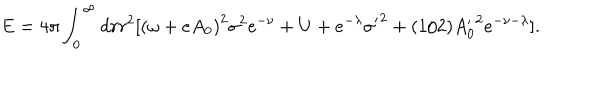
\textrm { E } = 4 \pi \int _ { 0 } ^ { \infty } d r r ^ { 2 } [ { ( \omega + e A _ { 0 } ) } ^ { 2 } { \sigma } ^ { 2 } e ^ { - \nu } + U + e ^ { - \lambda } { \sigma ^ { \prime } } ^ { 2 } + ( 1 / 2 ) { A _ { 0 } ^ { \prime } } ^ { 2 } e ^ { - \nu - \lambda } ] .